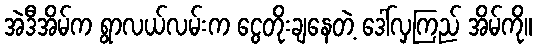
အဲဒီအိမ်က ရွာလယ်လမ်းက ငွေတိုးချနေတဲ့ ဒေါ်လှကြည် အိမ်ကို။